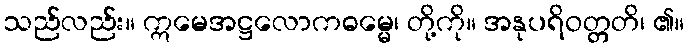
သည်လည်း။ ဣမေအဋ္ဌလောကဓမ္မေ၊ တို့ကို။ အနုပရိဝတ္တတိ၊ ၏။